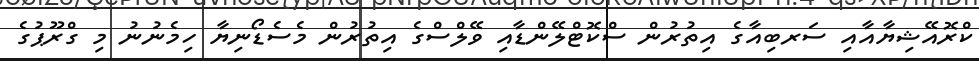
ކްރޮއޭޝިޔާއާއި ސަރބިއާގެ އިތުރުން ސްކޮޓްލޭންޑާއި ވޭލްސްގެ އިތުރުން މެސެޑޯނިޔާ ހިމެނުނު މި ގްރޫޕުގެ